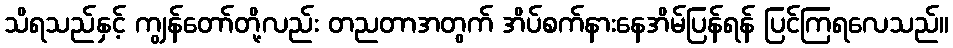
သိရသည်နှင့် ကျွန်တော်တို့လည်း တညတာအတွက် အိပ်စက်နားနေအိမ်ပြန်ရန် ပြင်ကြရလေသည်။